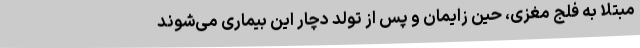
مبتلا به فلج مغزی، حین زایمان و پس از تولد دچار این بیماری می‌شوند